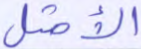
الأمثل